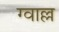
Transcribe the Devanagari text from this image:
ग्वाल्ल